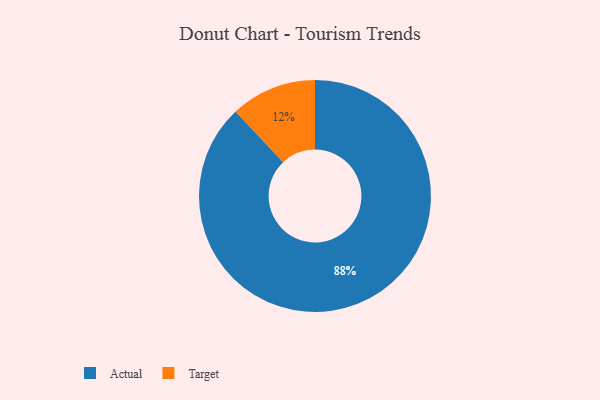
{"axis": {"x": "Category", "y": "Percentage"}, "legend": ["Actual", "Target"], "data": [{"x": "Actual", "y": 88, "type": "Actual"}, {"x": "Target", "y": 12, "type": "Target"}]}